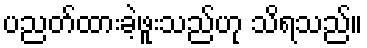
ပညတ်ထားခဲ့ဖူးသည်ဟု သိရသည်။